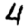
Digit: 4